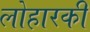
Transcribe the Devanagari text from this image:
लोहारकी